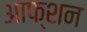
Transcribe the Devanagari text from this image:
आफ्शन